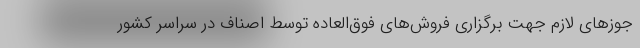
جوزهای لازم جهت برگزاری فروش‌های فوق‌العاده توسط اصناف در سراسر کشور